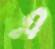
এ